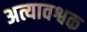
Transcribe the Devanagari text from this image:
अत्यावश्वक